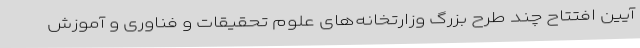
آیین افتتاح چند طرح بزرگ وزارتخانه‌های علوم تحقیقات و فناوری و آموزش